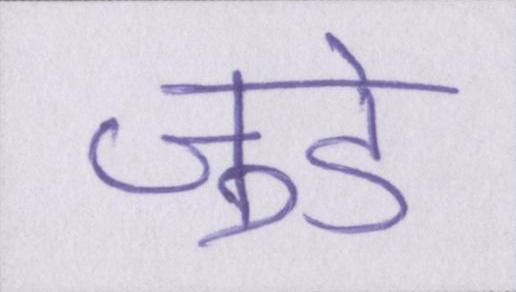
जुडे